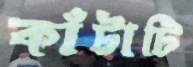
কাঁটাটি